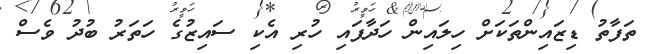
ތަފާތު ޑިޒައިންތަކަށް ހިލައިން ހަދާފައި ހުރި އެކި ސައިޒުގެ ހަތަރު ބުދު ވެސް